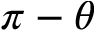
\pi - \theta